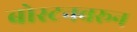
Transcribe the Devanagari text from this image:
बोस्टनवरून